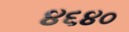
૪૬૪૦